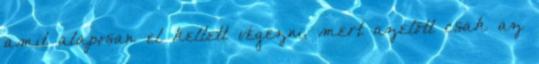
amit alaposan el kellett végezni, mert azelõtt csak az